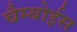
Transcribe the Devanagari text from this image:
चैम्बोईस